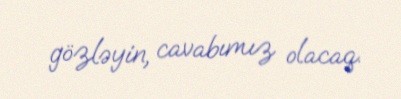
gözləyin, cavabımız olacaq.